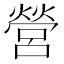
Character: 營